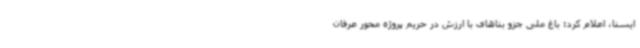
ایسنا، اعلام کرد: باغ ملی جزو بناهای با ارزش در حریم پروژه محور عرفان